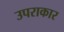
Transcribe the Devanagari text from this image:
उपराकार